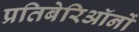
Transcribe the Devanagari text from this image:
प्रतिबेरिऑनों